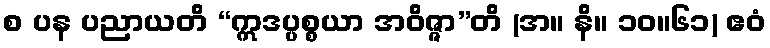
စ ပန ပညာယတိ “ဣဒပ္ပစ္စယာ အဝိဇ္ဇာ”တိ (အ။ နိ။ ၁၀။၆၁) ဧဝံ